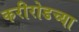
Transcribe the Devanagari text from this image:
करीरोडच्या